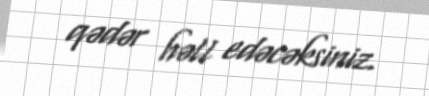
qədər həll edəcəksiniz.